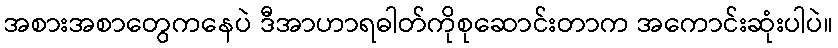
အစားအစာတွေကနေပဲ ဒီအာဟာရဓါတ်ကိုစုဆောင်းတာက အကောင်းဆုံးပါပဲ။